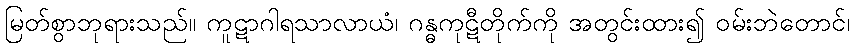
မြတ်စွာဘုရားသည်။ ကူဋာဂါရသာလာယံ၊ ဂန္ဓကုဋီတိုက်ကို အတွင်းထား၍ ဝမ်းဘဲတောင်၊